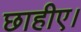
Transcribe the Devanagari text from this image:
छाहीए।